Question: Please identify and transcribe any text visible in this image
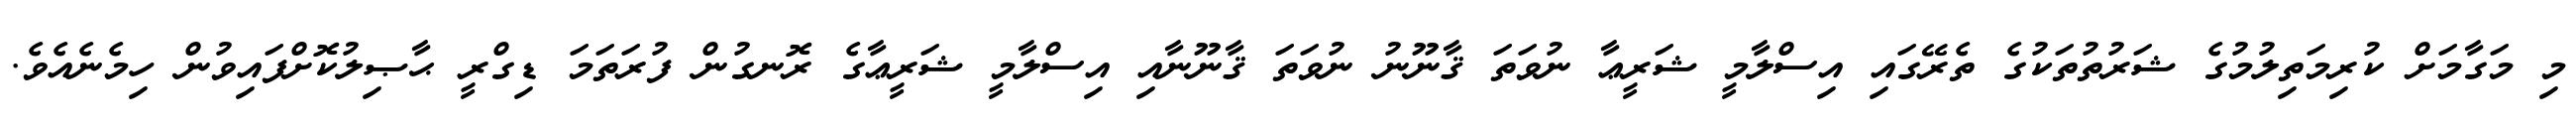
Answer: މި މަގާމަށް ކުރިމަތިލުމުގެ ޝަރުތުތަކުގެ ތެރޭގައި އިސްލާމީ ޝަރީޢާ ނުވަތަ ޤާނޫނު ނުވަތަ ޤާނޫނާއި އިސްލާމީ ޝަރީޢާގެ ރޮނގުން ފުރަތަމަ ޑިގްރީ ޙާޞިލުކޮށްފައިވުން ހިމެނެއެވެ.